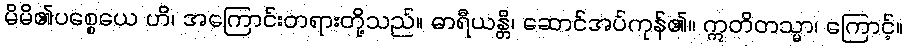
မိမိ၏ပစ္စေယေ ဟိ၊ အကြောင်းတရားတို့သည်။ ဓာရီယန္တိ၊ ဆောင်အပ်ကုန်၏။ ဣတိတသ္မာ၊ ကြောင့်။